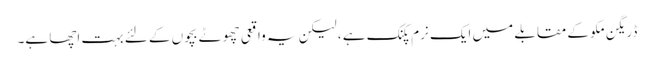
ڈریگن مکو کے مقابلے میں ایک نرم پکنک ہے ، لیکن یہ واقعی چھوٹے بچوں کے لئے بہت اچھا ہے۔